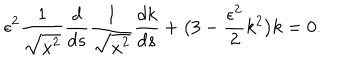
LaTeX: \epsilon ^ { 2 } \frac { 1 } { \sqrt { \dot { x } ^ { 2 } } } \frac { d } { d s } \frac { 1 } { \sqrt { \dot { x } ^ { 2 } } } \frac { d k } { d s } + \bigl ( 3 - \frac { \epsilon ^ { 2 } } { 2 } k ^ { 2 } \bigr ) k = 0 . \,